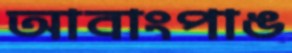
আবাংপাঙ